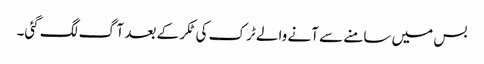
بس میں سامنے سے آنے والے ٹرک کی ٹکر کے بعد آگ لگ گئی۔